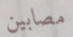
مصابين